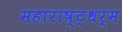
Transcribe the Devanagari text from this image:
महाराष्ट्रधर्म